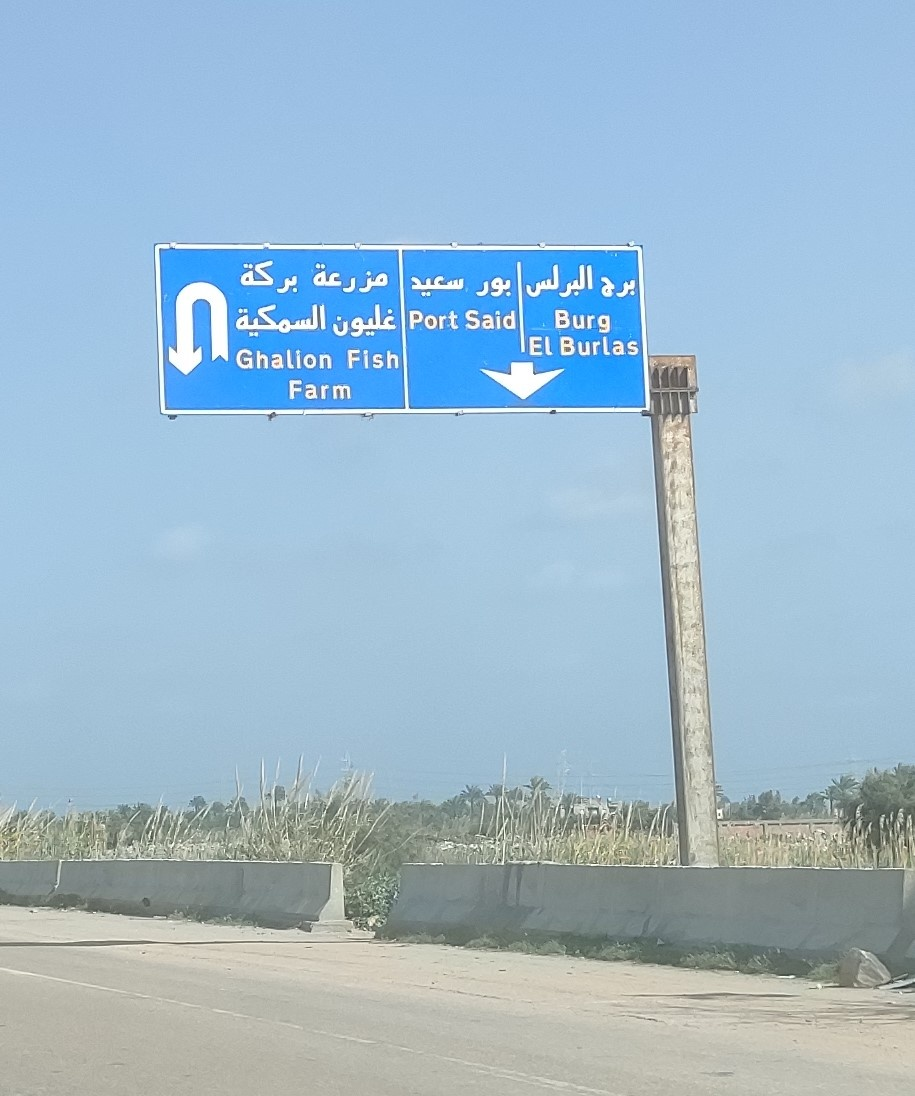
Text in image: بركة مزرعة البرلس سعيد بور برج السمكية غليون Port Said Burg El Burlas Ghalion Fish Farm